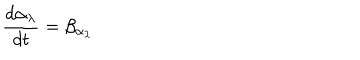
LaTeX: \frac { d \alpha _ { \lambda } } { d t } = \beta _ { \alpha _ { \lambda } }